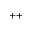
^ { + + }